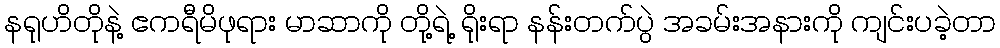
နရုဟိတိုနဲ့ ဧကရီမိဖုရား မာဆာကို တို့ရဲ့ ရိုးရာ နန်းတက်ပွဲ အခမ်းအနားကို ကျင်းပခဲ့တာ